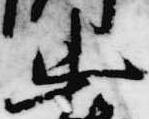
忠